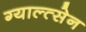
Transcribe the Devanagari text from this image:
ग्याल्त्सेन